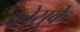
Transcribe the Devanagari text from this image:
कोसुके